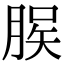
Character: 𫞆